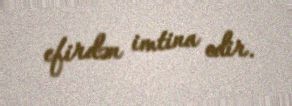
efirdən imtina edir.